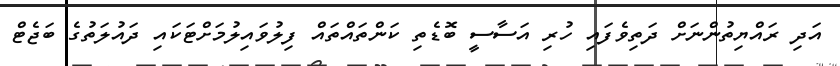
އަދި ރައްޔިތުންނަށް ދަތިވެފައި ހުރި އަސާސީ ބޮޑެތި ކަންތައްތައް ފިލުވައިލުމަށްޓަކައި ދައުލަތުގެ ބަޖެޓް